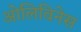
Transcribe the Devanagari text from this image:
ओलिविनेस